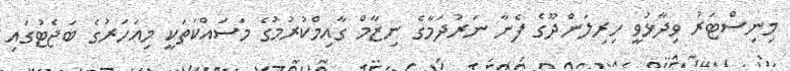
މިނިސްޓަރު ވިދާޅުވީ ހިރިލަންދޫގެ ފެނާ ނަރުދަމާގެ ނިޒާމް ގާއިމްކުރުމުގެ މަސައްކަތަކީ މިއަހަރުގެ ބަޖެޓުގައި